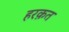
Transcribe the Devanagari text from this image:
हरक़त